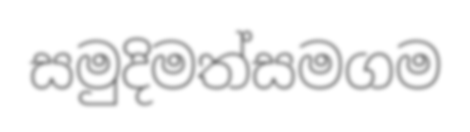
සමුදිමත්සමගම